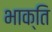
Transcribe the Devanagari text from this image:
भाक्ति